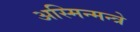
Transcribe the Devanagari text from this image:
अस्मिन्मन्त्रे